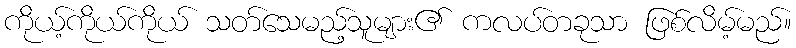
ကိုယ့်ကိုယ်ကိုယ် သတ်သေမည့်သူများ၏ ကလပ်တခုသာ ဖြစ်လိမ့်မည်။